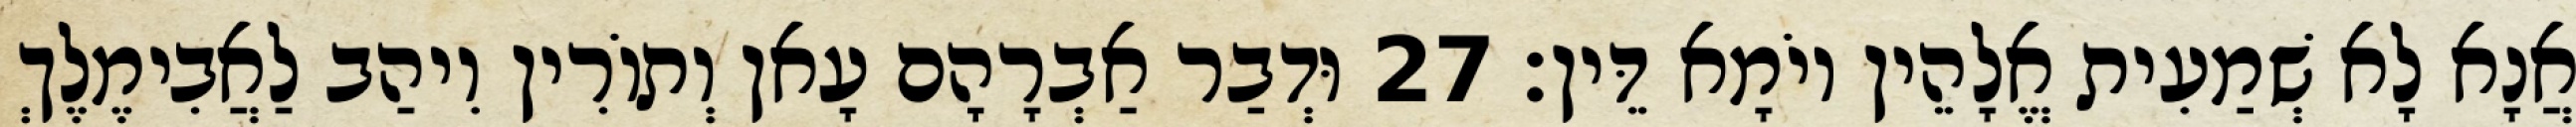
אֲנָא לָא שְׁמַעִית אֱלָהֵין יוֹמָא דֵּין׃ 27 וּדְבַר אַבְרָהָם עָאן וְתוֹרִין וִיהַב לַאֲבִימֶלֶךְ